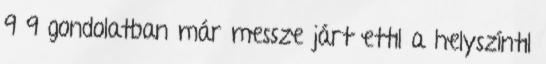
9 9 gondolatban már messze járt ettıl a helyszíntıl